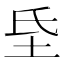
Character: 𭎁